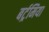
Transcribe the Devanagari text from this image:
बर्ट्रमिया